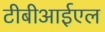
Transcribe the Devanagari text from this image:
टीबीआईएल